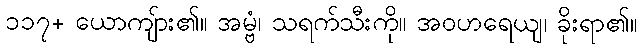
၁၁၇+ ယောကျ်ား၏။ အမ္ဗံ၊ သရက်သီးကို။ အဝဟရေယျ၊ ခိုးရာ၏။